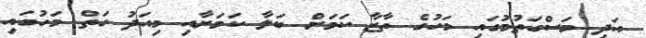
އަދި މަސްގަތުމުގައި މަހުގެ ތާޒާ ކަމަށް ބަލާ ކަމަށާއި މިއަދު ގަތް މަހުގައި